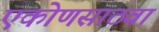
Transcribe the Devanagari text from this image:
एकोणसाठवा